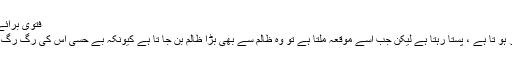
فتوی برائے فروخت - روبینہ فیصل
جو انسان بزدل اورکمزور ہو تا ہے ، پستا رہتا ہے لیکن جب اسے موقعہ ملتا ہے تو وہ ظالم سے بھی بڑا ظالم بن جا تا ہے کیونکہ بے حسی اس کی رگ رگ میں اتر چکی ہو تی ہے ۔